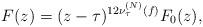
LaTeX: \begin{align*} F(z)=(z-\tau)^{12 \nu_\tau^{(N)}(f)}F_0(z),\end{align*}